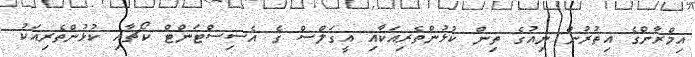
އިމްރާންގެ އިތުރުން ނިއުގެ ތިން ކުޅުންތެރިއަކާއި އީގަލްސް ގެ އެސިސްޓަންޓް ކޯޗާއި ކުޅުންތެރިއަކު